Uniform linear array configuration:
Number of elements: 48
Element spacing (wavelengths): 0.25
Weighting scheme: cosine
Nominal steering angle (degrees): -60
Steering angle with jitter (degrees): -61.699
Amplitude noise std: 0.05
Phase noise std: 0.05

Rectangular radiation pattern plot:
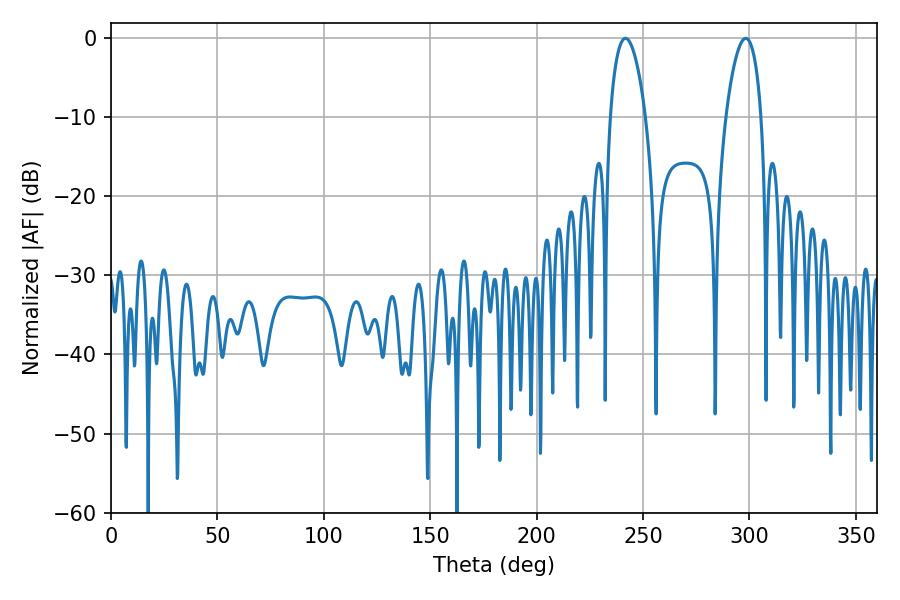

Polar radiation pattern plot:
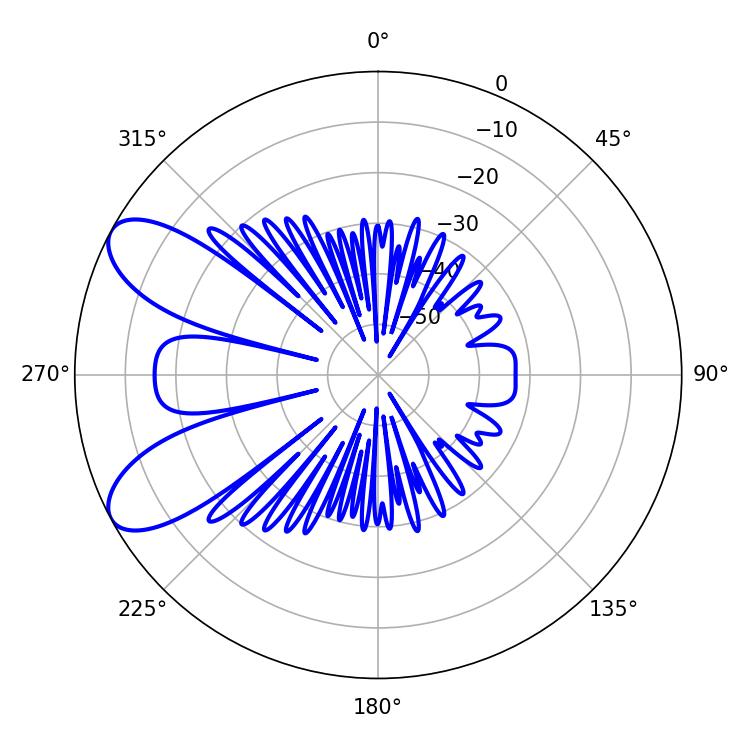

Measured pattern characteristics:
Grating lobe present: FALSE
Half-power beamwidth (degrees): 9.36
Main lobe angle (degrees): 241.74